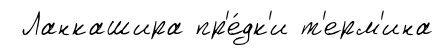
Ланкашира пр'е́дк'и т'ерм'ина